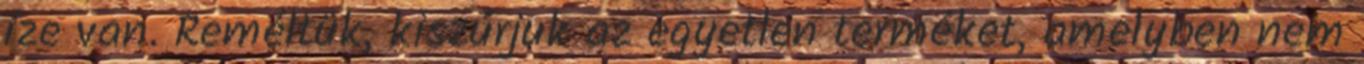
íze van. Reméltük, kiszúrjuk az egyetlen terméket, amelyben nem